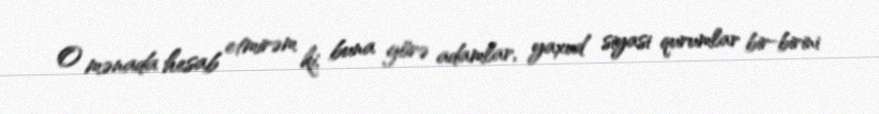
O mənada hesab etmirəm ki, buna görə adamlar, yaxud siyasi qurumlar bir-birini